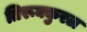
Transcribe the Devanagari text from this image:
तिरूक्कुरल